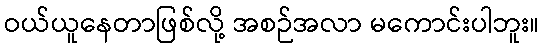
ဝယ်ယူနေတာဖြစ်လို့ အစဉ်အလာ မကောင်းပါဘူး။